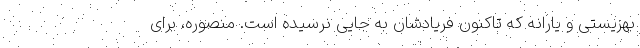
بهزیستی و یارانه که تاکنون فریادشان به جایی نرسیده است. منصوره، برای